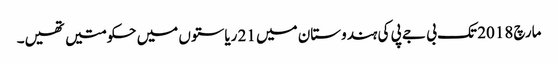
مارچ 2018 تک بی جے پی کی ہندوستان میں 21 ریاستوں میں حکومتیں تھیں۔